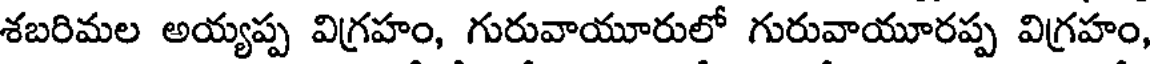
శబరిమల అయ్యప్ప విగ్రహం, గురువాయూరులో గురువాయూరప్ప విగ్రహం,